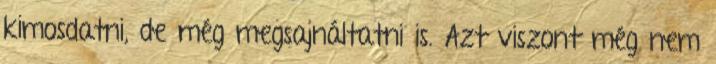
kimosdatni, de még megsajnáltatni is. Azt viszont még nem